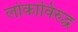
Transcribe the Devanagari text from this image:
लोकांविरुद्ध